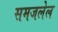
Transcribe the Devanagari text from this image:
समजलेल